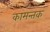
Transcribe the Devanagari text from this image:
कामन्तक